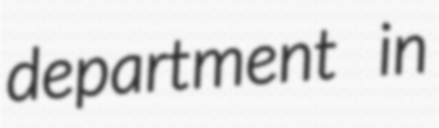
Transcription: department in